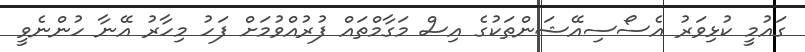
ގައުމީ ކުޅިވަރު އެސޯސިއޭޝަންތަކުގެ އިސް މަގާމްތައް ފުރުއްވުމަށް ފަހު މިހާރު އޭނާ ހުންނެވީ